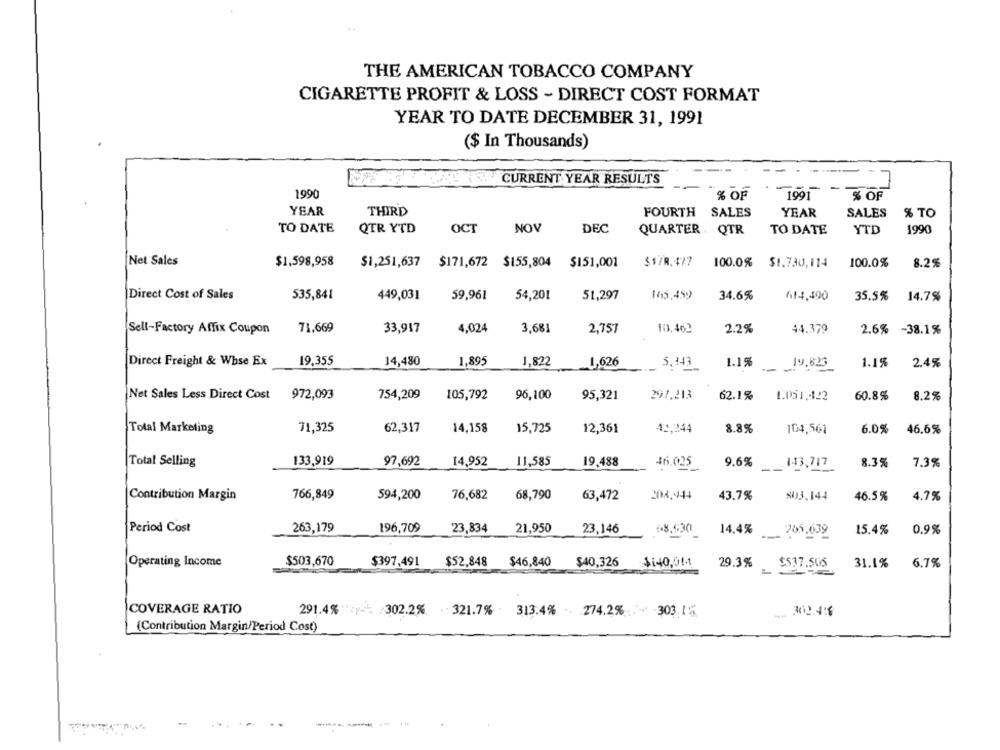
4.
THE AMERICAN TOBACCO COMPANY
CIGARETTE PROFIT & LOSS - DIRECT COST FORMAT
YEAR TO DATE DECEMBER 31, 1991
($ In Thousands)
CURRENT YEAR RESULTS
1990
% OF
1991
% OF
YEAR
THIRD
FOURTH
SALES
YEAR
SALES
% TO
TO DATE
QTR YTD
OCT
NOV
DEC
QUARTER . QTR
TO DATE
YTD
1990
Net Sales
$1,598,958
$178.477
100.0%
$1.730,114
100.0%
8.2%
$1,251,637 $171,672 $155,804
$151,001
Direct Cost of Sales
535,841
449,031
59,961
54,201
51,297
105,459
34.6%
614,490
35.5%
14.7%
Sell-Factory Affix Coupon
71,669
33.917
4,024
3,681
2,757
10.462
2.2%
44.379
2.6% -38.1%
Direct Freight & Whse Ex
14,480
1,895
19,355
1,822
1,626
5.143
1.1%
19.623
1.1%
2.4%
Net Sales Less Direct Cost
972,093
754,209
105,792
96,100
95,321
291,213
62.1%
1.051, 122
60.8%
8.2%
71,325
62,317
14.158
42,244
Total Marketing
15,725
12,361
8.8%
104,561
6.0%
46,6%
Total Selling
133,919
97,692
14,952
11,585
19,488
$65.025
9.6%
1-13,717
8.3%
7.3%
766,849
594,200
76,682
68,790
2014,44
803.144
Contribution Margin
63,472
43.7%
46.5%
4.7%
Period Cost
263,179
196,709
23,834
21,950
23,146
18.530
14.4%
___ 265,639
15.4%
0.9%
$503,670
$397,491 $52,848
$46,840
$537.505
6.7%
Operating Income
$40,326 $140,01-1
29.3%
31.1%
COVERAGE RATIO
291.4% *: p : 302.2% .321.7% .313.4% .274.2% . 303.1%
.302.498
(Contribution Margin/Period Cost)
------